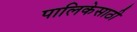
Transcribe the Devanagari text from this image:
पालिकेसाठी